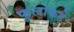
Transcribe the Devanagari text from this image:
फुलांकडे